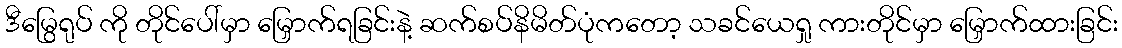
ဒီမြွေရုပ် ကို တိုင်ပေါ်မှာ မြှောက်ရခြင်းနဲ့ ဆက်စပ်နိမိတ်ပုံကတော့ သခင်ယေရှု ကားတိုင်မှာ မြှောက်ထားခြင်း